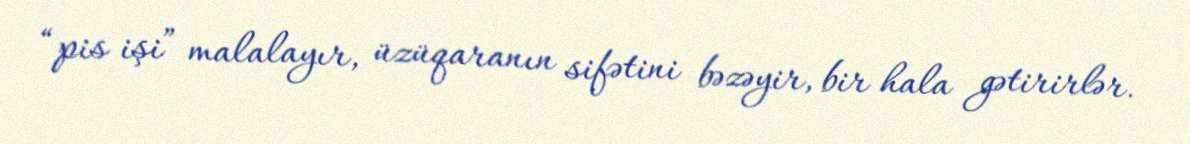
“pis işi” malalayır, üzüqaranın sifətini bəzəyir, bir hala gətirirlər.